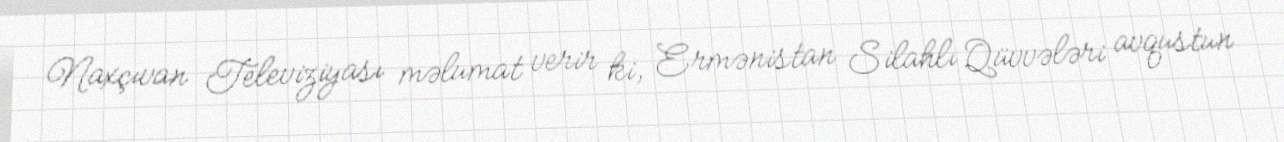
Naxçıvan Televiziyası məlumat verir ki, Ermənistan Silahlı Qüvvələri avqustun